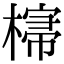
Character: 𣘕